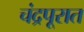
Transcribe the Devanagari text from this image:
चंद्रपूरात